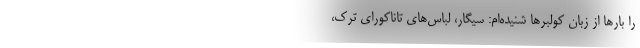
را بارها از زبان كولبرها شنيده‌ام: سيگار، لباس‌هاي تاناكوراي ترك،